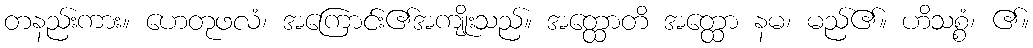
တနည်းကား။ ဟေတုဖလံ၊ အကြောင်း၏အကျိုးသည်။ အတ္ထောတိ အတ္ထော နမ၊ မည်၏။ ဟိသစ္စံ၊ ၏။